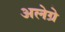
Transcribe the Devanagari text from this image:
अलेग्रे